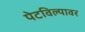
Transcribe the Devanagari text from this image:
पेटविल्यावर